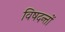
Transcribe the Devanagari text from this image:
विषदन्तों